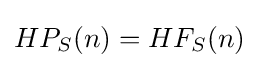
HP_{S}(n)=HF_{S}(n)